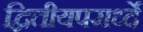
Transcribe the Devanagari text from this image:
द्वितीयपरार्ध्दे